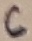
Text: 6